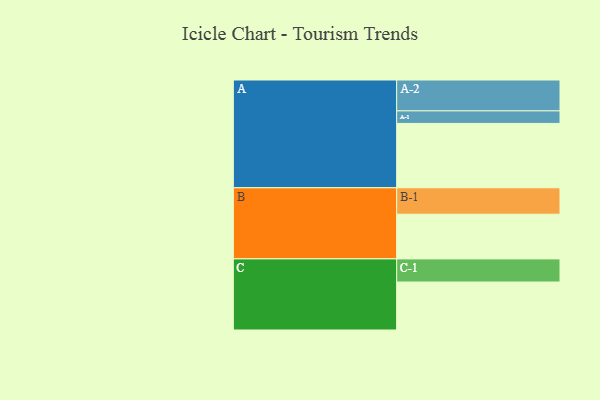
{"axis": {"x": "Segment", "y": "Value"}, "legend": ["", "A", "B", "C"], "data": [{"x": "A", "y": 523, "type": ""}, {"x": "B", "y": 363, "type": ""}, {"x": "C", "y": 390, "type": ""}, {"x": "A-1", "y": 102, "type": "A"}, {"x": "A-2", "y": 251, "type": "A"}, {"x": "B-1", "y": 215, "type": "B"}, {"x": "C-1", "y": 188, "type": "C"}]}